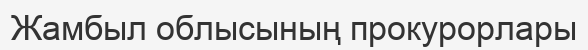
Жамбыл облысының прокурорлары